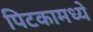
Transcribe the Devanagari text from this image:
पिटकामध्ये